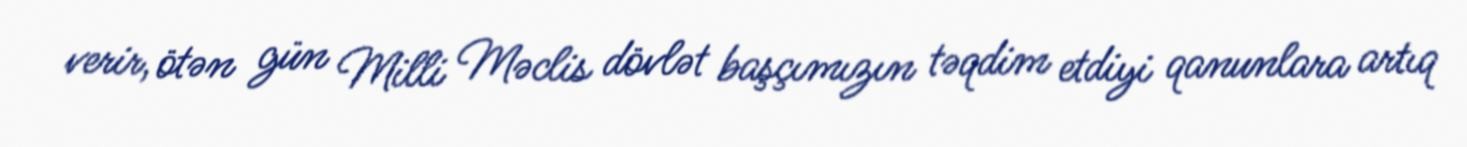
verir, ötən gün Milli Məclis dövlət başçımızın təqdim etdiyi qanunlara artıq